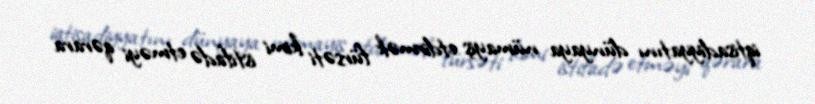
iqtisadiyyatını dünyaya nümayiş etdirmək fürsəti kimi istifadə etməyi qərara